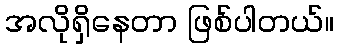
အလိုရှိနေတာ ဖြစ်ပါတယ်။